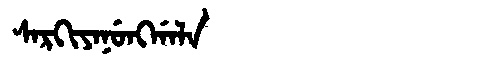
Manchu: ᠰᠠᡵᡴᡳᠶᠠᠨᡠᠩᡤᠠᠯᠠ
Romanization: SARKIYANUNGGALA